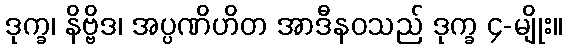
ဒုက္ခ၊ နိဗ္ဗိဒ၊ အပ္ပဏိဟိတ အာဒီနဝသည် ဒုက္ခ ၄-မျိုး။